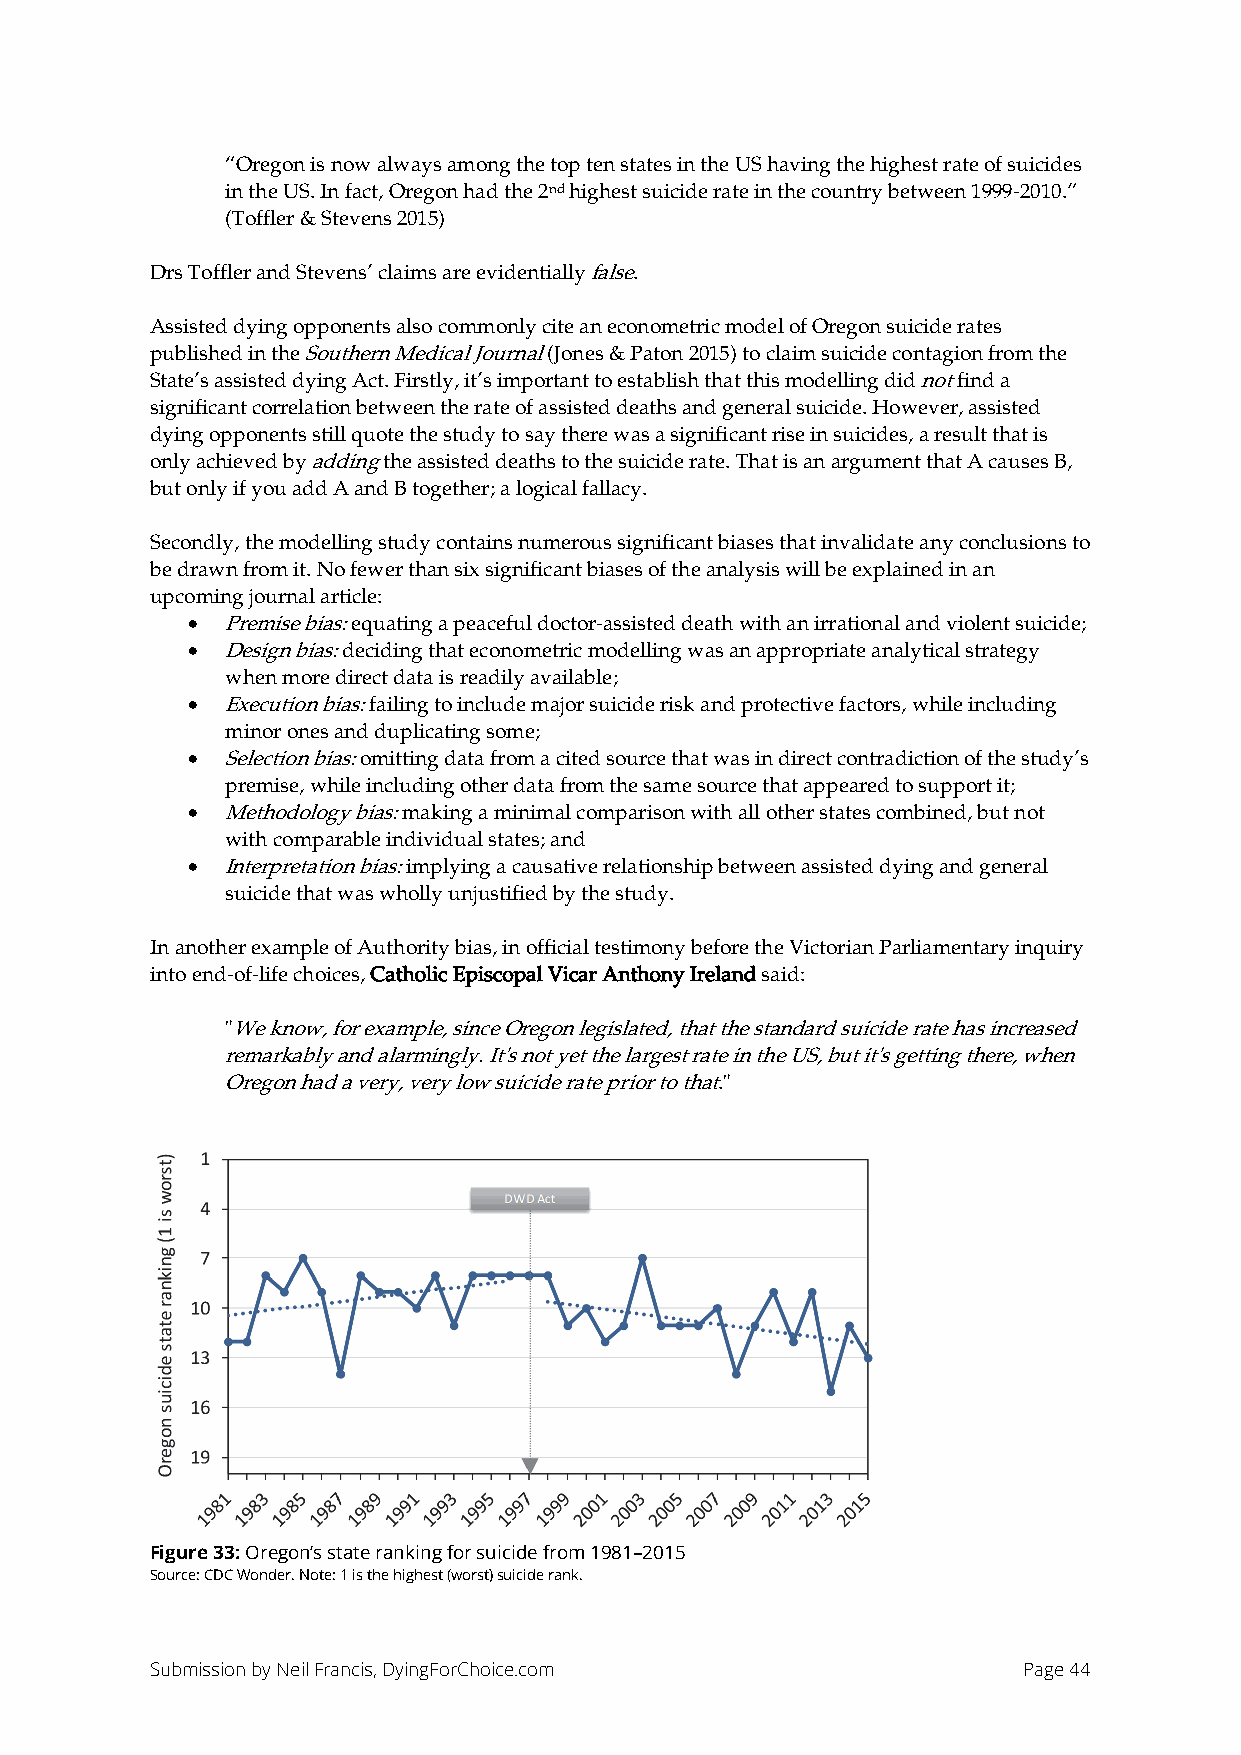
“Oregon is now always among the top ten states in the US having the highest rate of suicides
 in the US. In fact, Oregon had the 2nd highest suicide rate in the country between 1999-2010.”
 (Toffler & Stevens 2015)
 Drs Toffler and Stevens’ claims are evidentially false.
 Assisted dying opponents also commonly cite an econometric model of Oregon suicide rates
 published in the Southern Medical Journal (Jones & Paton 2015) to claim suicide contagion from the
 State’s assisted dying Act. Firstly, it’s important to establish that this modelling did not find a
 significant correlation between the rate of assisted deaths and general suicide. However, assisted
 dying opponents still quote the study to say there was a significant rise in suicides, a result that is
 only achieved by adding the assisted deaths to the suicide rate. That is an argument that A causes B,
 but only if you add A and B together; a logical fallacy.
 Secondly, the modelling study contains numerous significant biases that invalidate any conclusions to
 be drawn from it. No fewer than six significant biases of the analysis will be explained in an
 upcoming journal article:
 •  Premise bias: equating a peaceful doctor-assisted death with an irrational and violent suicide;
 •  Design bias: deciding that econometric modelling was an appropriate analytical strategy
 when more direct data is readily available;
 •  Execution bias: failing to include major suicide risk and protective factors, while including
 minor ones and duplicating some;
 •  Selection bias: omitting data from a cited source that was in direct contradiction of the study’s
 premise, while including other data from the same source that appeared to support it;
 •  Methodology bias: making a minimal comparison with all other states combined, but not
 with comparable individual states; and
 •  Interpretation bias: implying a causative relationship between assisted dying and general
 suicide that was wholly unjustified by the study.
 In another example of Authority bias, in official testimony before the Victorian Parliamentary inquiry
 into end-of-life choices, Catholic Episcopal Vicar Anthony Ireland said:
 "We know, for example, since Oregon legislated, that the standard suicide rate has increased
 remarkably and alarmingly. It's not yet the largest rate in the US, but it's getting there, when
 Oregon had a very, very low suicide rate prior to that."
 Figure 33: Oregon’s state ranking for suicide from 1981–2015
 Source: CDC Wonder. Note: 1 is the highest (worst) suicide rank.
 Submission by Neil Francis, DyingForChoice.com            Page 44